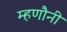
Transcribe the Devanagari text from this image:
म्हणौनी